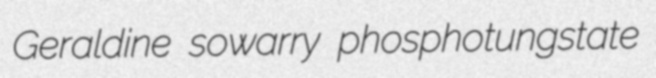
Geraldine sowarry phosphotungstate